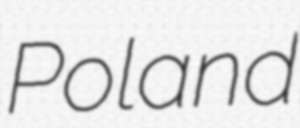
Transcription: Poland